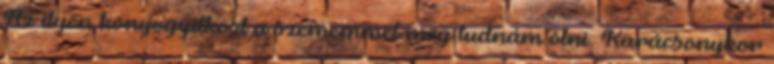
Az ilyen könyvgyilkost a szememmel meg tudnám ölni. Karácsonykor